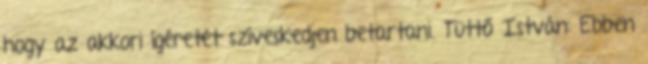
hogy az akkori ígéretét szíveskedjen betartani. Tüttő István: Ebben